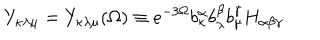
Y _ { \kappa \lambda \mu } = Y _ { \kappa \lambda \mu } ( \Omega ) \equiv e ^ { - 3 \Omega } b _ { \kappa } ^ { \alpha } b _ { \lambda } ^ { \beta } b _ { \mu } ^ { \gamma } H _ { \alpha \beta \gamma } .